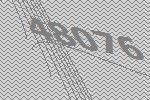
48076